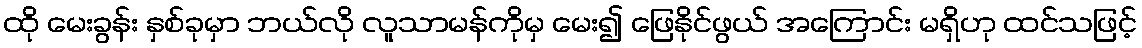
ထို မေးခွန်း နှစ်ခုမှာ ဘယ်လို လူသာမန်ကိုမှ မေး၍ ဖြေနိုင်ဖွယ် အကြောင်း မရှိဟု ထင်သဖြင့်